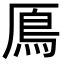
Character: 鳫